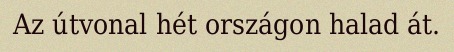
Az útvonal hét országon halad át.